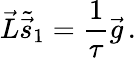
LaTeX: \vec{L}{\tilde{\vec{s}}}_{1}=\frac{1}{\tau}{\vec{g}}\, .